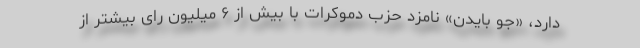
دارد، «جو بایدن» نامزد حزب دموکرات با بیش از ۶ میلیون رای بیشتر از